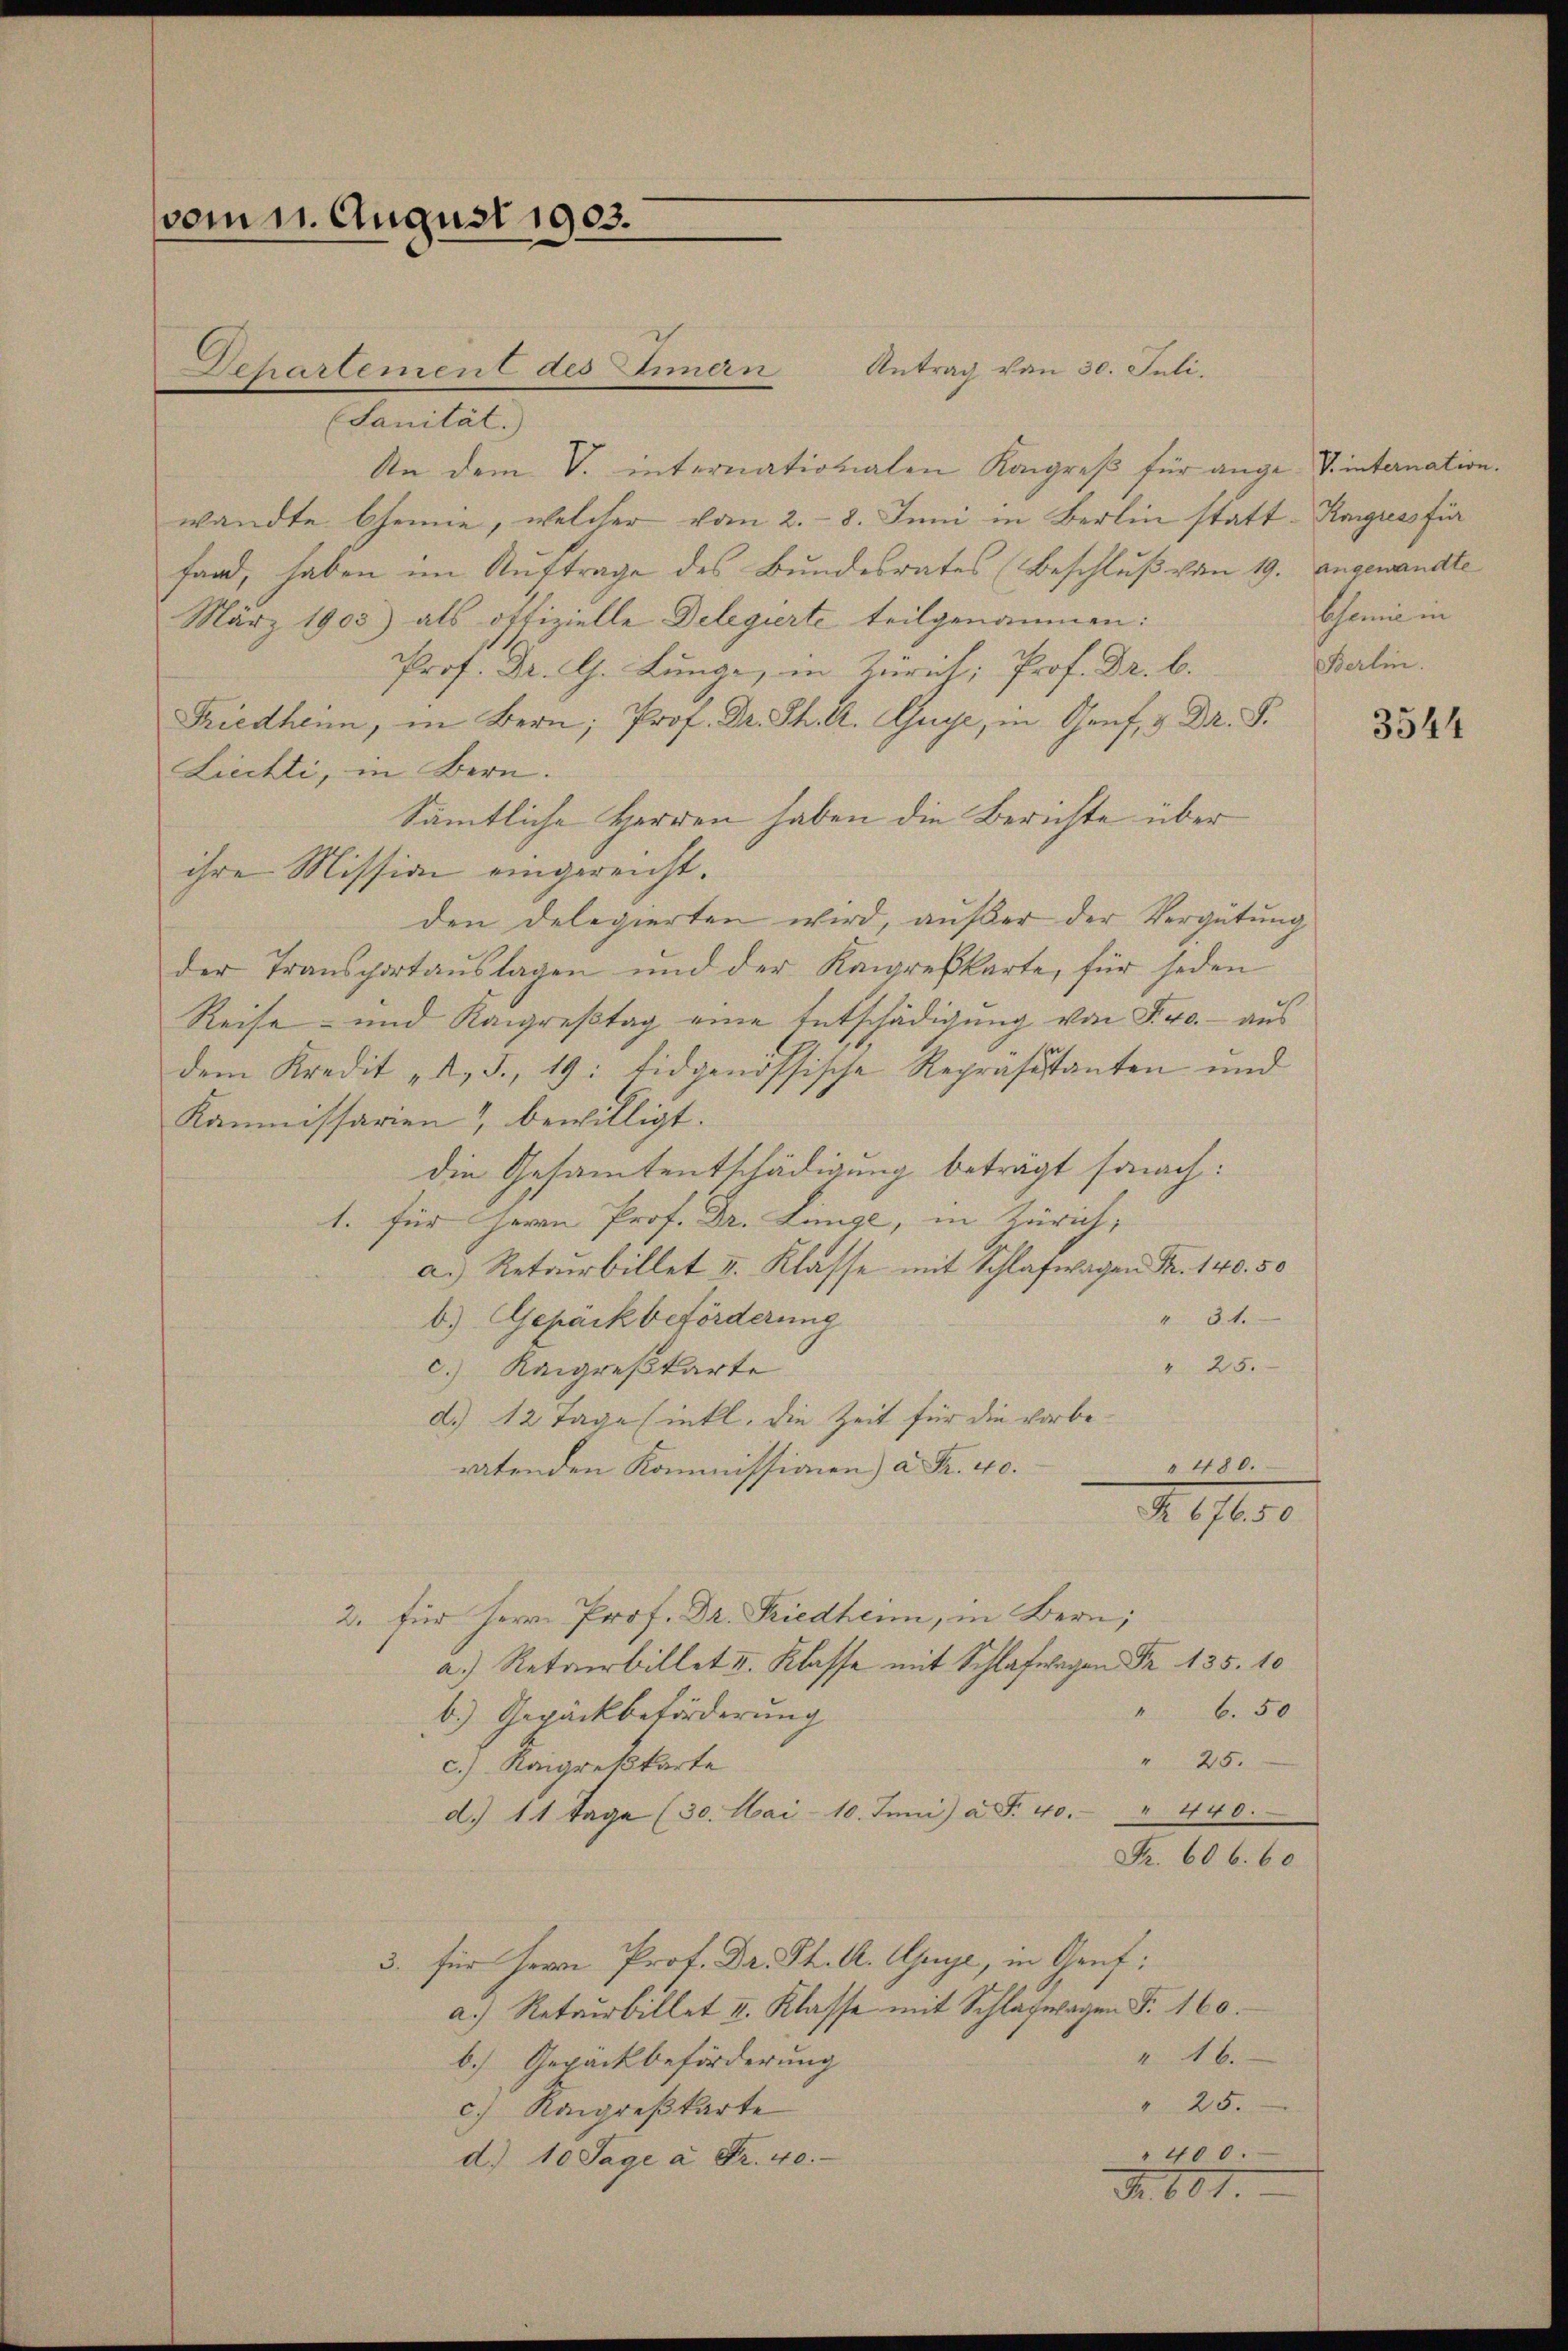
vom 1. August 1903.

Antrag von 30. Juli.
Dehartement des Innern
(Sanität.)
An dem V. internationalen Kongreß für ange- J. internation.
wandte Chemie, welcher vom 2.- 8. Juni in Berlin statt- Kongress für
fand, haben im Auftrage des Bundesrates (Beschluß von 19. angewandte
März 1905) als offizielle Delegierte teilgenommen:
Prof. Dr. G. Lunge, in Zürich; Prof. Dr. b.
Friedheim, in Bern; Prof. Dr. Th. A. Guye, in Genf, & Dr. S.
Liechti, in Bern.
Sämmtliche Herren haben die Berichte über
ihre Mission eingereicht.
den delegierten wird, außer der Vergütung
der Transportaŭslagen und der Kongresskarte, für jeden
Reise- und Rangreßtag eine Entschädigung von S. 40.- aus
dem Kredit „A. S. 19: Eidgenössische Repräsestanten und
Kommissarien bewilligt.
die Gesammtentschädigung beträgt sonach:
1. für Herrn Prof. Dr. Linge, in Zürich,
a. Retourbillet I. Klasse mit Schlafwagen Fr. 140. 50
" 31.
b.) Gepäckbeförderung
" 25.
c.) Raigreßkarte
d.) 12 Tage sinkt. die Zeit für die vorbe¬
" 480.
ratenden Kommissionen) a Fr. 40.
R 676.50
2. für Herrn Prof. Dr. Friedheim, in Bern;
.
" 6.50
b.) Gepäckbeförderung
" 25.
c.) Kongreßkarte
d.) 11 Tage (30. Mai- 10. Juni a. S. 40. 440.
Fr. 606. 60
3. für Herrn Prof. Dr. Ph. A. Gyr, in Gruf:
a.) Retourbillet I. Klasse mit Schlagwagen F. 160.
I Ab.
b.) Gepäckbeförderung
" 25.
c.) Rangreßkarte
" 400.
d.) 10 Tage à Fr. 40.
Nr. 601.

Chemie in
Berlin.

3544